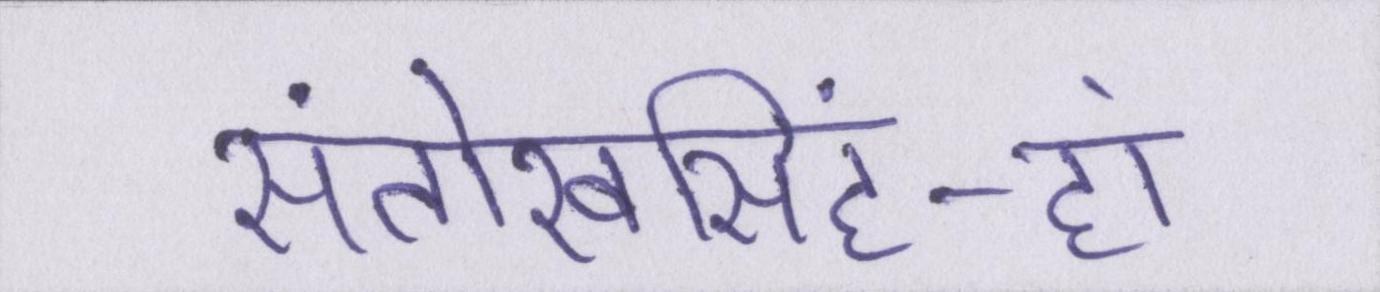
संतोखसिंह-हां